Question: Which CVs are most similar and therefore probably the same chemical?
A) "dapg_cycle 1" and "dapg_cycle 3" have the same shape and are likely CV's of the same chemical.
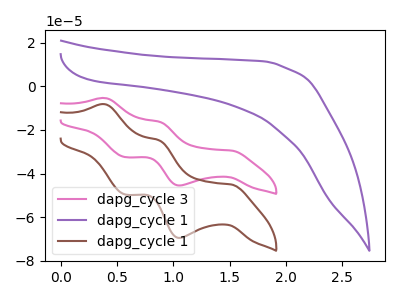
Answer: <think>The pink curve "dapg_cycle 3" has anodic peaks at (0.40V, -5.35uA) (0.90V, -16.25uA) and cathodic peaks at (1.50V, -29.45uA) (1.05V, -45.50uA) (0.55V, -32.50uA). The purple curve "dapg_cycle 1" has no peaks. The brown curve "dapg_cycle 1" has anodic peaks at (0.40V, -8.15uA) (0.90V, -24.80uA) and cathodic peaks at (1.50V, -45.05uA) (1.05V, -69.55uA) (0.55V, -49.65uA).
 "dapg_cycle 3" and "dapg_cycle 1" have a different number of peaks. All the peaks in "dapg_cycle 3" have a peak in "dapg_cycle 1" at the same potential. "dapg_cycle 1" and "dapg_cycle 1" have a different number of peaks.</think>
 <answer>A) "dapg_cycle 1" and "dapg_cycle 3" have the same shape and are likely CV's of the same chemical.</answer>
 <eval>A</eval>